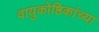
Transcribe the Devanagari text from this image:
वायुकोष्ठिकांच्या